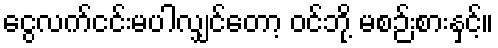
ငွေလက်ငင်းမပါလျှင်တော့ ဝင်ဘို့ မစဉ်းစားနှင့်။